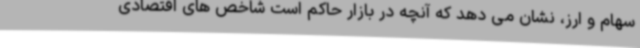
سهام و ارز، نشان می دهد که آنچه در بازار حاکم است شاخص های اقتصادی